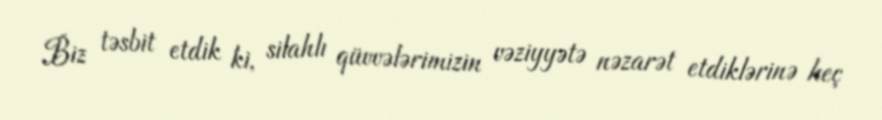
Biz təsbit etdik ki, silahlı qüvvələrimizin vəziyyətə nəzarət etdiklərinə heç